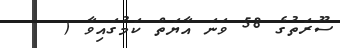
ސޫރަތުގެ 58 ވަނަ އާޔަތް ކަމުގައިވާ (